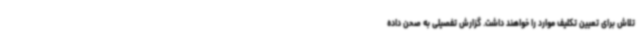
تلاش برای تعیین تکلیف موارد را خواهند داشت. گزارش تفصیلی به صحن داده